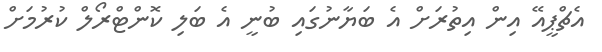
އެޗްޕީއޭ އިން އިތުރަށް އެ ބަޔާނުގައި ބުނީ އެ ބަލި ކޮންޓްރޯލް ކުރުމަށް